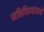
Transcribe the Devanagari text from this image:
व्यक्तिचित्रणांमध्ये